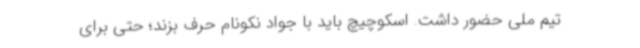
تیم ملی حضور داشت. اسکوچیچ باید با جواد نکونام حرف بزند؛ حتی برای